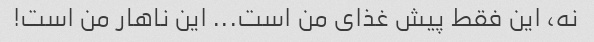
نه، این فقط پیش غذای من است... این ناهار من است!